Code of medical and sanitary regulations for the guidance of medical officers serving in the Madras Presidency - Volume II
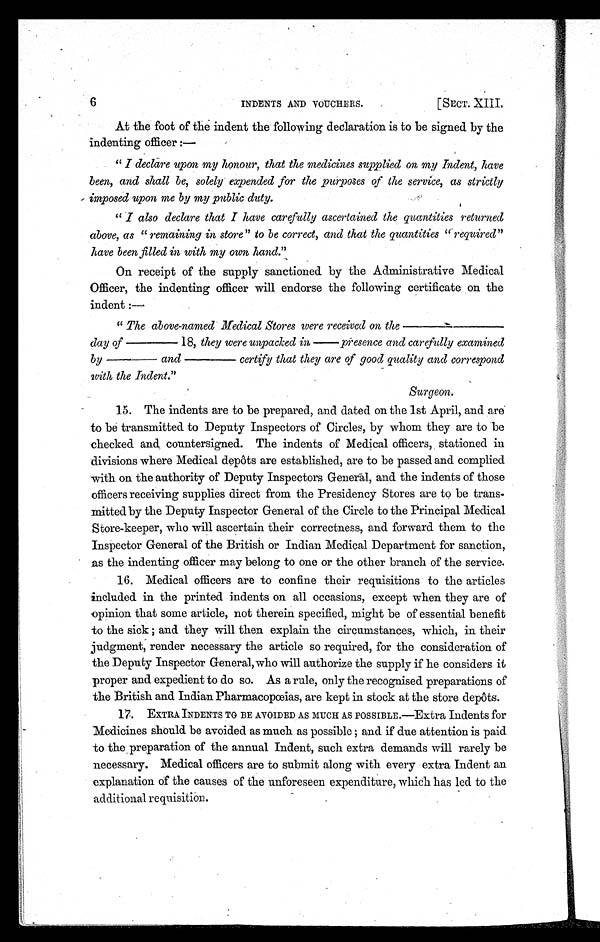
6
INDENTS AND VOUCHERS.
[SECT. XIII.
At the foot of the indent the following declaration is to be signed by the
indenting officer :—
" I declare upon my honour, that the medicines supplied on my Indent, have
been, and shall be, solely expended for the purposes of the service, as strictly
imposed upon me by my public duty.
" I also declare that I have carefully ascertained the quantities returned
above, as " remaining in store" to be correct, and that the quantities " required"
have been filled in with my own hand."
On receipt of the supply sanctioned by the Administrative Medical
Officer, the indenting officer will endorse the following certificate on the
indent :—
" The above-named Medical Stores were received on the
day of
— — — — — — — — — —
1 8 ,
t h e y w e r e u n p a c k e d i n — — — — — — — p r e s e n c e a n d c a r e f u l l y e x a m i n e d
b y — — — — — — a n d — — — — — — c e r t i f y t h a t t h e y a r e o f g o o d q u a l i t y a n d c o r r e s p o n d
with the Indent."
Surgeon.
15. The indents are to be prepared, and dated on the 1st April, and are
to be transmitted to Deputy Inspectors of Circles, by whom they are to be
checked and countersigned. The indents of Medical officers, stationed in
divisions where Medical depôts are established, are to be passed and complied
with on the authority of Deputy Inspectors Generāl, and the indents of those
officers receiving supplies direct from the Presidency Stores are to be trans-
mitted by the Deputy Inspector General of the Circle to the Principal Medical
Store-keeper, who will ascertain their correctness, and forward them to the
Inspector General of the British or Indian Medical Department for sanction,
as the indenting officer may belong to one or the other branch of the service.
16. Medical officers are to confine their requisitions to the articles
included in the printed indents on all occasions, except when they are of
opinion that some article, not therein specified, might be of essential benefit
to the sick ; and they will then explain the circumstances, which, in their
judgment, render necessary the article so required, for the consideration of
the Deputy Inspector General,who will authorize the supply if he considers it
proper and expedient to do so. As a rule, only the recognised preparations of
the British and Indian Pharmacopœias, are kept in stock at the store depôts.
17. EXTRA INDENTS TO BE AVOIDED AS MUCH AS POSSIBLE.—Extra Indents for
Medicines should be avoided as much as possible ; and if due attention is paid
to the preparation of the annual Indent, such extra demands will rarely be
necessary. Medical officers are to submit along with every extra Indent an
explanation of the causes of the unforeseen expenditure, which has led to the
additional requisition.